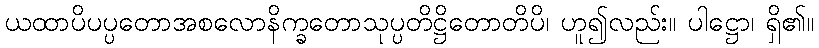
ယထာပိပပ္ပတောအစလောနိက္ခတောသုပ္ပတိဋ္ဌိတောတိပိ၊ ဟူ၍လည်း။ ပါဋ္ဌော၊ ရှိ၏။